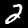
Digit: 2